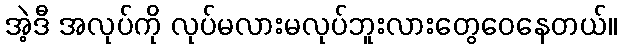
အဲ့ဒီ အလုပ်ကို လုပ်မလားမလုပ်ဘူးလားတွေဝေနေတယ်။